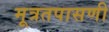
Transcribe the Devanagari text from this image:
मूत्रतपासणी